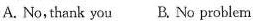
A. No, thank you B. No problem